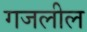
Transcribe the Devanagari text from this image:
गजलील